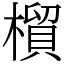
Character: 橮